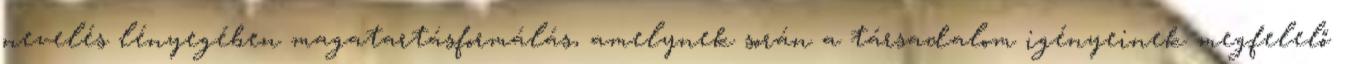
nevelés lényegében magatartásformálás, amelynek során a társadalom igényeinek megfelelő